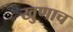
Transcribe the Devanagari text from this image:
खुणाच